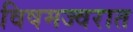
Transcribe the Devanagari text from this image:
विषमज्वरात